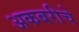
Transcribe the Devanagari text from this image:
अकबरीचे